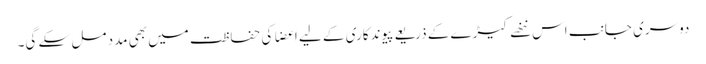
دوسری جانب اس ننھے کیڑے کے ذریعے پیوندکاری کے لیے اعضا کی حفاظت میں بھی مدد مل سکے گی۔